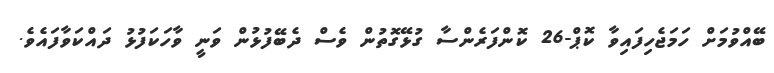
ބޭއްވުމަށް ހަމަޖެހިފައިވާ ކޮޕް-26 ކޮންފަރެންސާ ގުޅޭގޮތުން ވެސް ދެބޭފުޅުން ވަނީ ވާހަކަފުޅު ދައްކަވާފައެވެ.